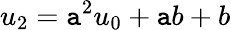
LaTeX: u_{2}=\mathtt{a}^{2}u_{0}+\mathtt{a}b+b